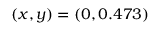
( x , y ) = ( 0 , 0 . 4 7 3 )